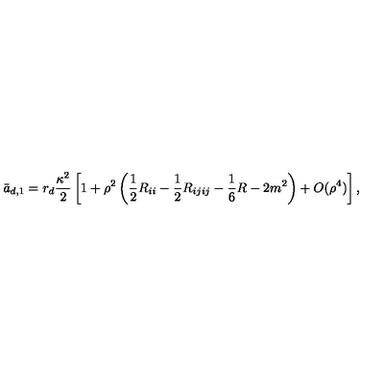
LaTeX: \bar { a } _ { d , 1 } = r _ { d } { \frac { \kappa ^ { 2 } } { 2 } } \left[ 1 + \rho ^ { 2 } \left( \frac 1 2 R _ { i i } - \frac 1 2 R _ { i j i j } - \frac 1 6 R - 2 m ^ { 2 } \right) + O ( \rho ^ { 4 } ) \right] ,